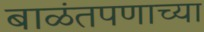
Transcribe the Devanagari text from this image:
बाळंतपणाच्या